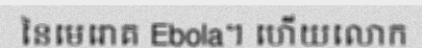
នៃមេរោគ Ebola។ ហើយលោក